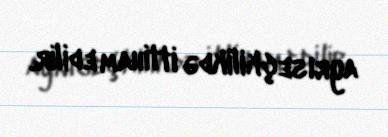
ayrıseçkilikdə ittiham edilir.